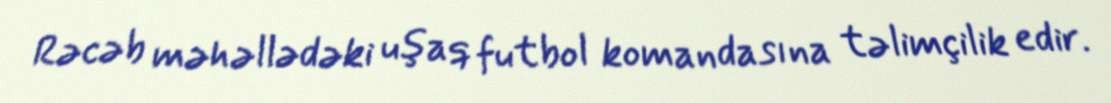
Rəcəb məhəllədəki uşaq futbol komandasına təlimçilik edir.